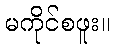
မကိုင်စဖူး။